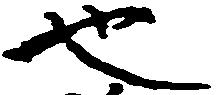
也